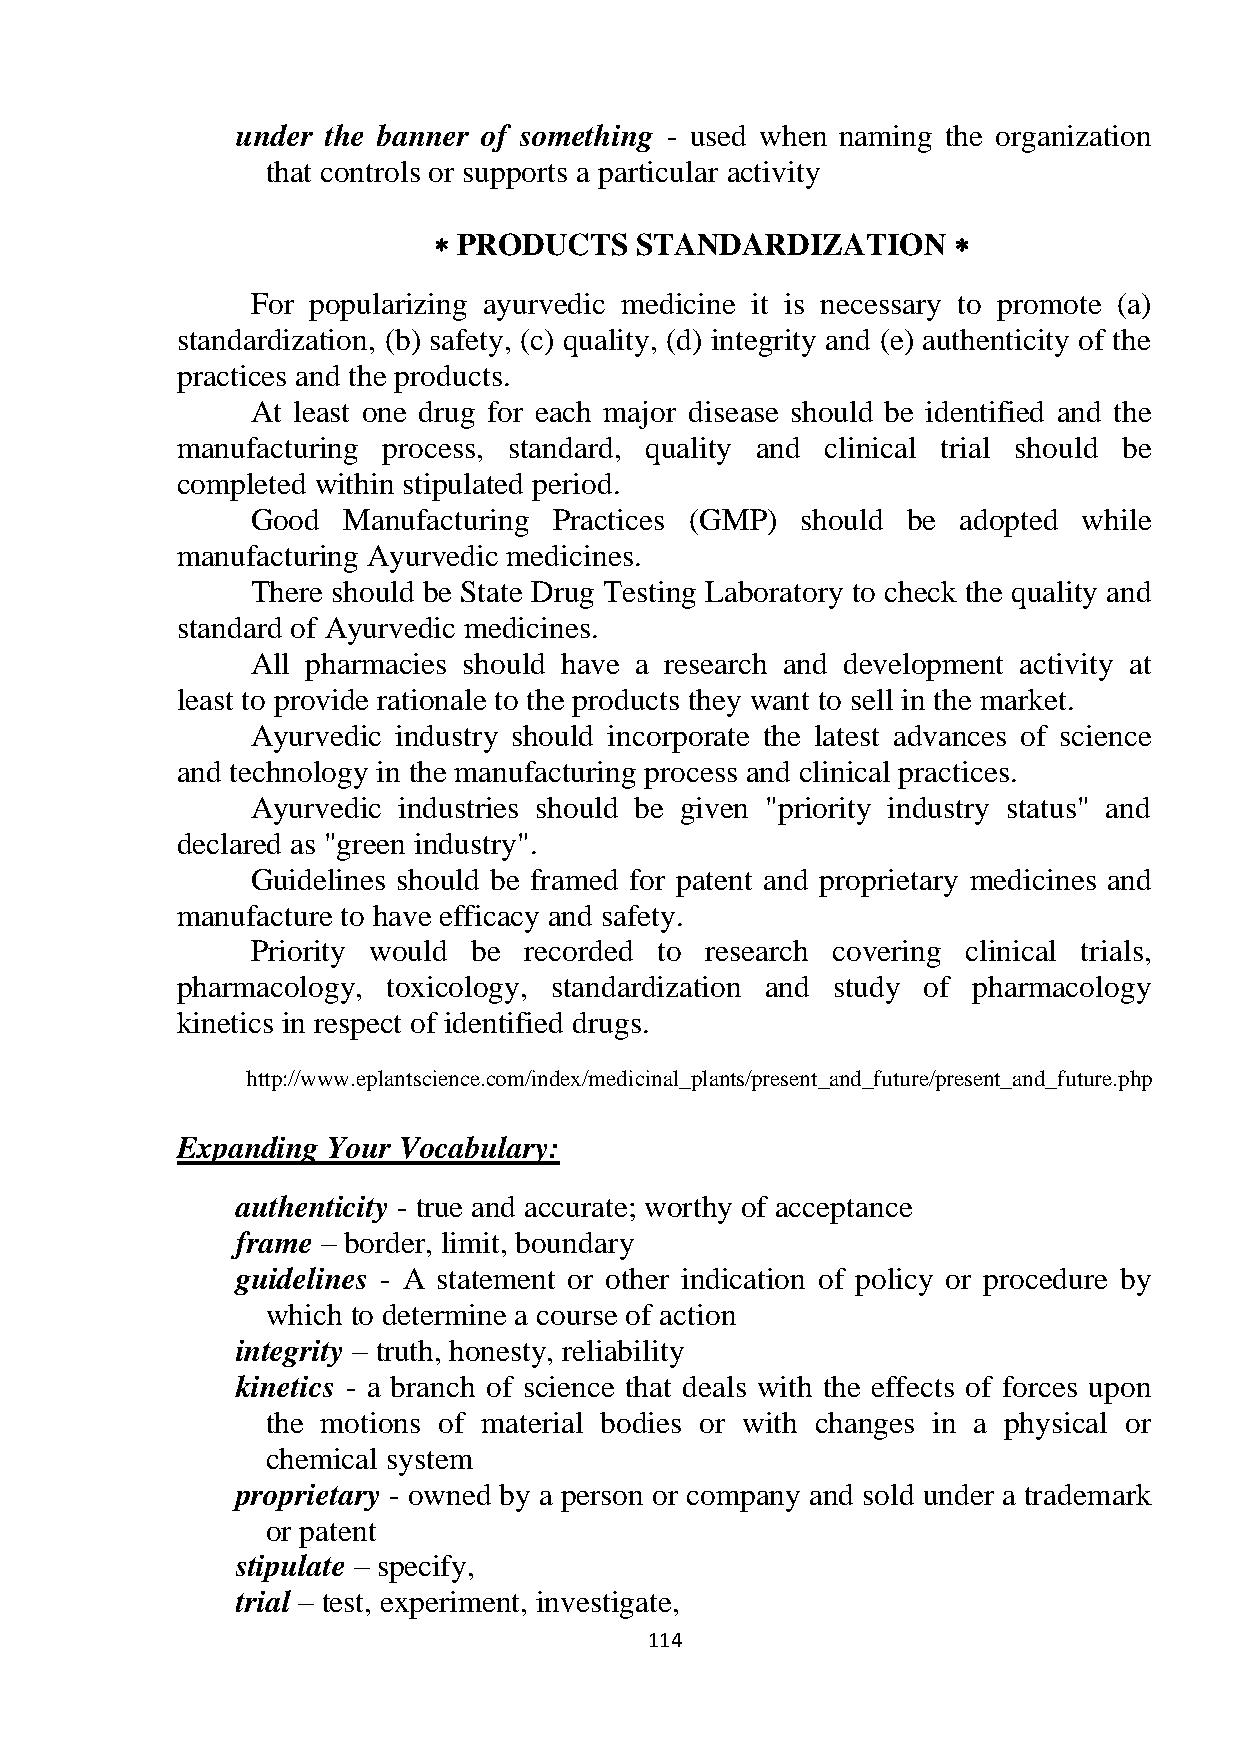
under the banner of something - used when naming the organization
 that controls or supports a particular activity
  PRODUCTS   STANDARDIZATION      
 For popularizing ayurvedic medicine it is necessary to promote (a)
 standardization, (b) safety, (c) quality, (d) integrity and (e) authenticity of the
 practices and the products.
 At least one drug for each major disease should be identified and the
 manufacturing process, standard, quality and clinical trial should be
 completed within stipulated period.
 Good  Manufacturing Practices (GMP) should be  adopted while
 manufacturing Ayurvedic medicines.
 There should be State Drug Testing Laboratory to check the quality and
 standard of Ayurvedic medicines.
 All pharmacies should have a research and development activity at
 least to provide rationale to the products they want to sell in the market.
 Ayurvedic industry should incorporate the latest advances of science
 and technology in the manufacturing process and clinical practices.
 Ayurvedic industries should be given "priority industry status" and
 declared as "green industry".
 Guidelines should be framed for patent and proprietary medicines and
 manufacture to have efficacy and safety.
 Priority would be recorded to research covering clinical trials,
 pharmacology, toxicology, standardization and study of pharmacology
 kinetics in respect of identified drugs.
 http://www.eplantscience.com/index/medicinal_plants/present_and_future/present_and_future.php
 Expanding Your Vocabulary:
 authenticity - true and accurate; worthy of acceptance
 frame – border, limit, boundary
 guidelines - A statement or other indication of policy or procedure by
 which to determine a course of action
 integrity – truth, honesty, reliability
 kinetics - a branch of science that deals with the effects of forces upon
 the motions of material bodies or with changes in a physical or
 chemical system
 proprietary - owned by a person or company and sold under a trademark
 or patent
 stipulate – specify,
 trial – test, experiment, investigate,
 114